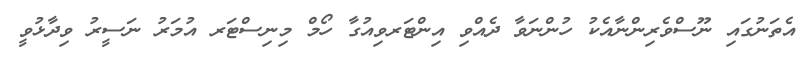
އެތަނުގައި ނޫސްވެރިންނާއެކު ހުންނަވާ ދެއްވި އިންޓަރވިއުގާ ހޯމް މިނިސްޓަރ އުމަރު ނަސީރު ވިދާޅުވީ